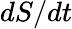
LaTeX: dS/dt